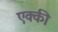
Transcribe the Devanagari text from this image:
एक्की